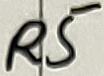
Text: R5